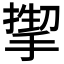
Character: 𫽬